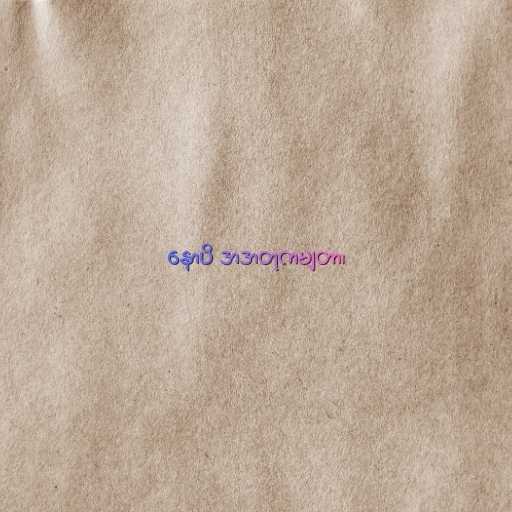
နောပိ အဒာတုကမျတာ၊